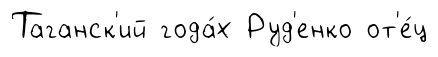
Таганск'ий года́х Руд'енко от'е́ц